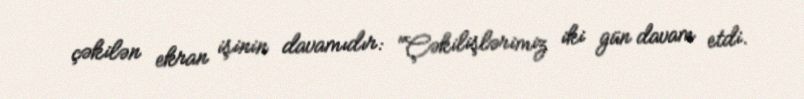
çəkilən ekran işinin davamıdır: "Çəkilişlərimiz iki gün davam etdi.